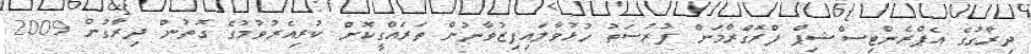
ދިރާގުގެ އެޕްރެންޓިސްޝިޕް ފްރޮގްރާމަށް ފުރުސަތު ހުޅުވާލައިފިޒުވާނުން ތަރައްގީކޮށް ކުރިއެރުވުމުގެ ގޮތުން ދިރާގުން 2009